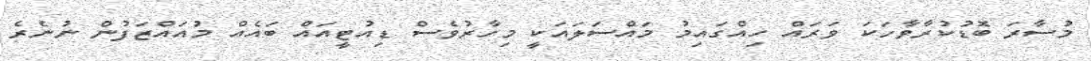
މުސާރަ ބޮޑުކުރާވާހަކަ ވަރައް ހިއްގައިމު މައްސަލައަކީ މިހާރުވެސް ޑިއުޓީއައް ބައެއް މުއައްޒަފުން ނުނެރެ